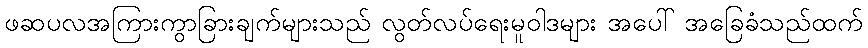
ဖဆပလအကြားကွာခြားချက်များသည် လွတ်လပ်ရေးမူဝါဒများ အပေါ် အခြေခံသည်ထက်